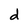
Character: d